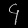
Digit: ၄